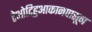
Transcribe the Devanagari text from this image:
टेओटिहुआकानपासून